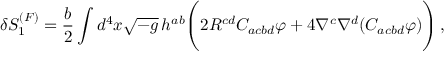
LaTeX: \delta S _ { 1 } ^ { ( F ) } = \frac { b } { 2 } \int d ^ { 4 } x \sqrt { - g } \, h ^ { a b } \Biggl ( 2 R ^ { c d } C _ { a c b d } \varphi + 4 \nabla ^ { c } \nabla ^ { d } ( C _ { a c b d } \varphi ) \Biggr ) \, ,